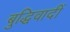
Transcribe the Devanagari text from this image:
बुद्धिवादीं